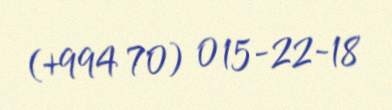
(+994 70) 015-22-18